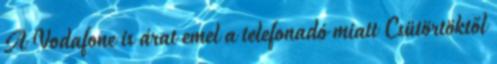
A Vodafone is árat emel a telefonadó miatt Csütörtöktől